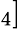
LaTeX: _4]